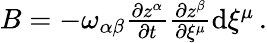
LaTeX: \begin{array}{r}{B=-\omega_{\alpha\beta}\frac{\partial z^{\alpha}}{\partial t}\frac{\partial z^{\beta}}{\partial\xi^{\mu}}\mathrm{d}\xi^{\mu}\, .}\end{array}